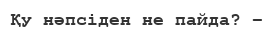
Қу нәпсіден не пайда? –